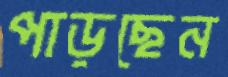
পাড়ছেন